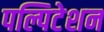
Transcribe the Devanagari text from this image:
पल्पिटेशन